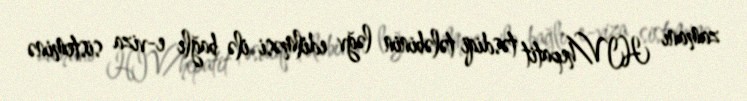
zamanı HIV/hepatit təsdiqi tələbinin ləğv edilməsi ilə bağlı e-viza sisteminə